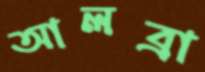
আলব্রা